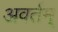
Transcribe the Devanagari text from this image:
अवर्तम्